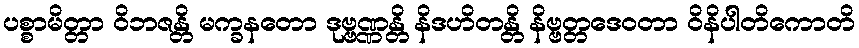
ပစ္စာမိတ္တာ ဝိဘဇန္တိ မက္ခနတော ဒုဗ္ဗဏ္ဏန္တိ နိဒဟိတန္တိ နိဗ္ဗတ္တဒေဝတာ ဝိနိပါတိကောတိ